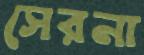
সেরনা